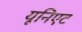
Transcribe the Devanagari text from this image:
यूनिएट